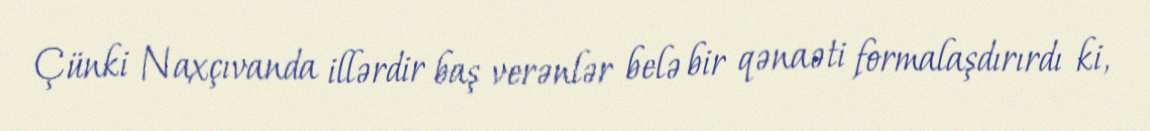
Çünki Naxçıvanda illərdir baş verənlər belə bir qənaəti formalaşdırırdı ki,